画像に写った文字を読んでください
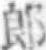
「郞」と書いてあります